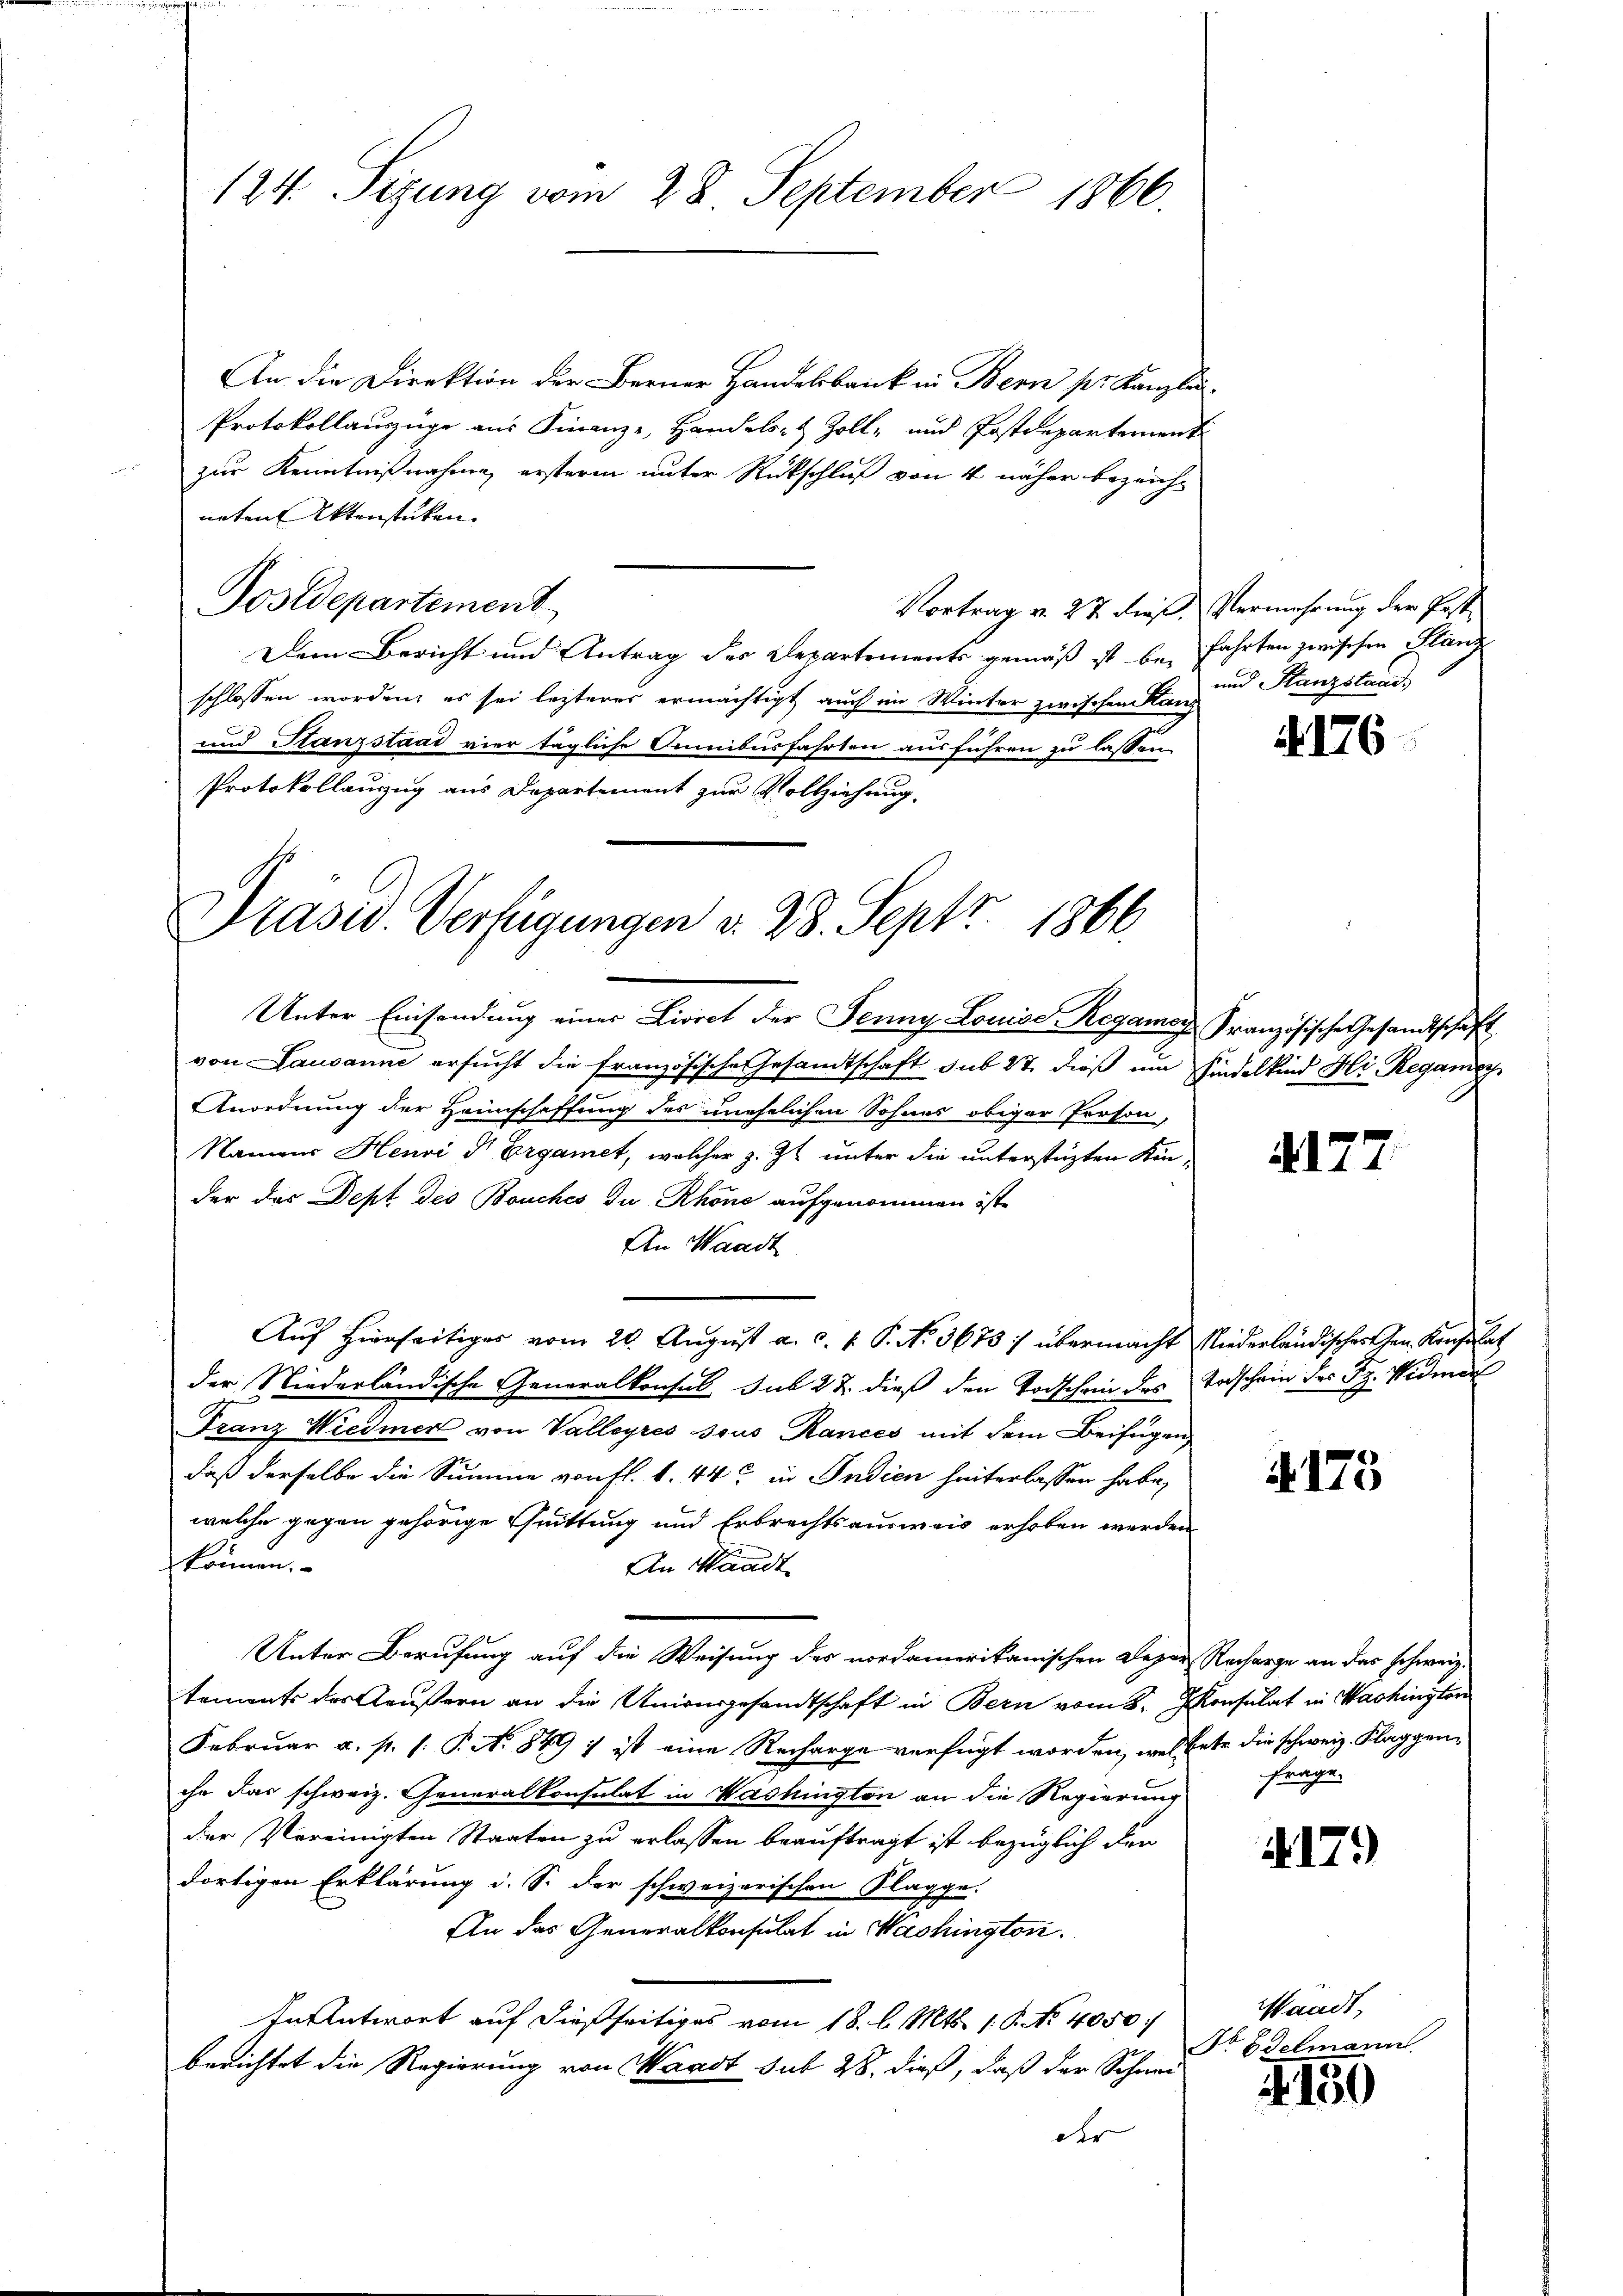
124. Sizung vom 28. September 1866.

An die Direktion der Berner Handelsbruck in Bern pr. Kanzlei-
Protokollauszüge aus Finanze, Handels- & Zoll- und Postdepartement
zur Kenntnißnahme, ersteren unter Rückschluß von 4 näher bezeichneten Aktenstücken.
Postdepartement
Vortrag v. 27 dieß, Vermehrung der Post¬
Dem Bericht und Antrag der Departements gemäß ist bei Fahrten zwischen Glanz
schlossen worden, es sei lezteres ermächtigt auch im Winter zwischen Kanz
und Stanzstaat vier tägliche Omnibusfahrten ausführen zu lassen.
Protokollauzug aus Departement zur Vollziehung.

Präsid. Verfügungen d. 28. Sept. 1866.

Unter Einsendung einer Livret der Jenny Louise Regamor Französische Gesandtschaft
von Lausanne ersucht die französische Gesandtschaft sub 27 dieß um Findelkind Hr. Regamisch
Anordnung der Heimschaffung des unehelichen Sohnes obiger Person,
Namens Henri d Ergamet, welcher z. Zt. unter die unterstüzten Kinder das Dept des Bouches zu Rhöne aufgenommen ist,
An Waadt
Auf Hierseitiges vom 20. August a. c. v. P. N. 3673 :/ übermacht Niederländischer Gen. Konsulat
der Niederländische Generalkonsul sub 27. dieß den Todschen des Vorschein der Fr. Widman
Franz Wiedmer von Valleyres sous Rances mit dem Beifügen.
daß derselbe die Summe von fl. 1. 44 in Indien hinterlassen habe,
welche gegen gehörige Quittung und Erbrechtsausweis erhoben werden
können.
An Waadt
Unter Berufung auf die Weisung des nordamerikanischen Deper Recharge an das schweiz.
tements der Aeußern an die Unionsgesandtschaft in Bern vom 8. Jkonsulat in Washington
Februar a. p. s: P. No 849 ; ist eine Recharge verfügt worden, welchete die schweiz. Klaggenche das schweiz. Generalkonsulat in Washington an die Regierung
der Vereinigten Staaten zu erlassen beauftragt ist bezüglich den
dortigen Erklärung d. S. der schweizerischen Klagge.
An das Generalkonsulat in Washington
In Antwort auf dießseitiges vom 18. l. Mts. 1. P. Nr. 4050 :/
berichtet die Regierung von Waadt sub 28. dieß, daß der Schnei-
der

und Stanzstand

4176

4177

§ 175

frage.

4179

Waadt,
Dr Edelmann.

4. 150